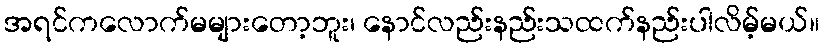
အရင်ကလောက်မများတော့ဘူး၊ နောင်လည်းနည်းသထက်နည်းပါလိမ့်မယ်။